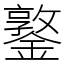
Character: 鐜